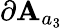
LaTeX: \partial\mathbf{A}_{a_{3}}